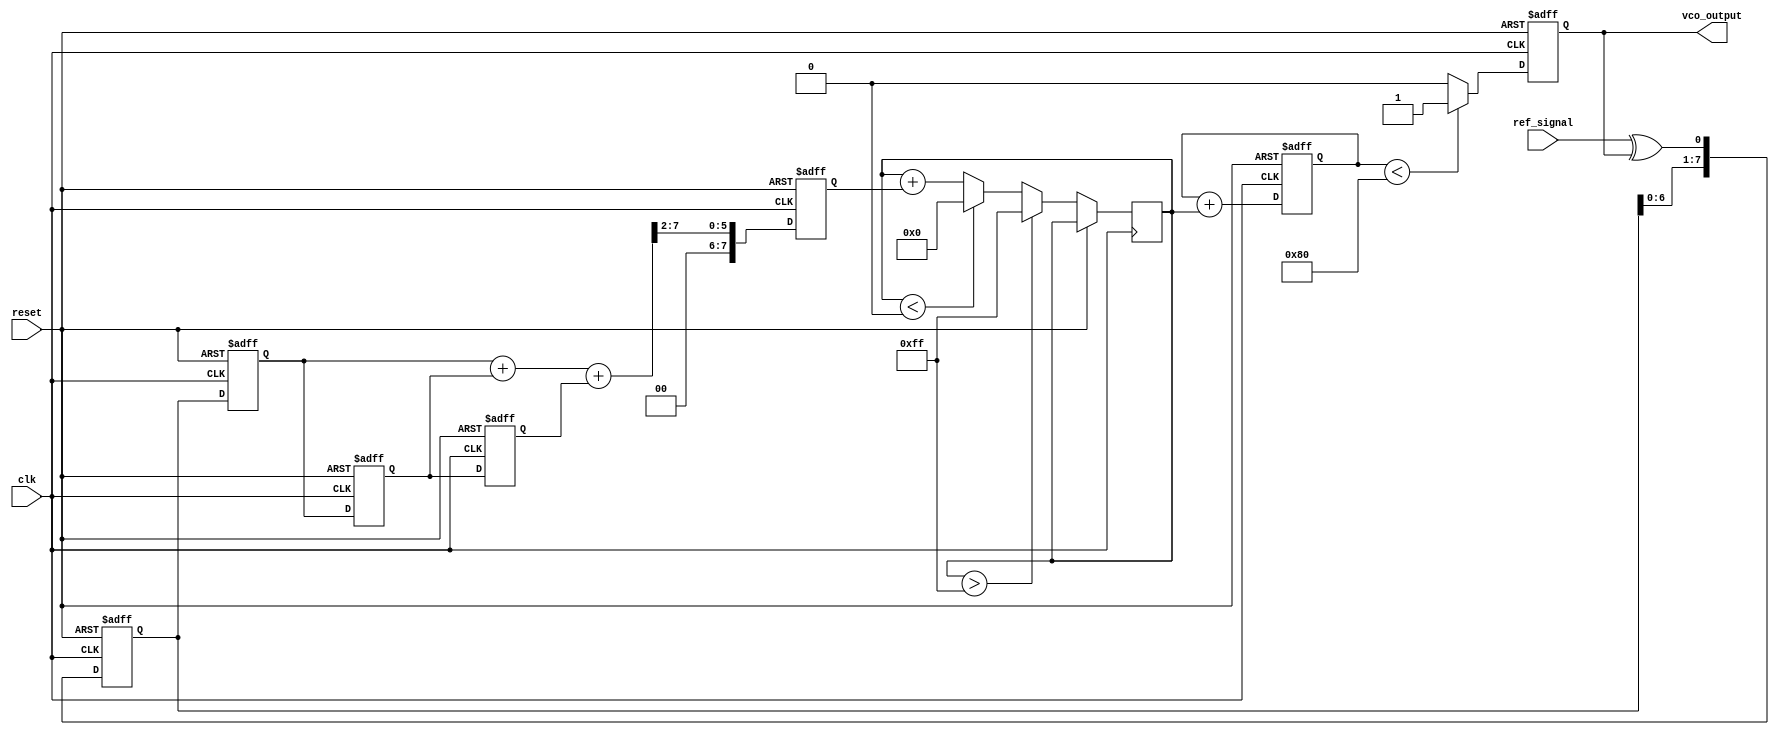
module MemoryBlocksPLL (
    input wire clk,               // System clock
    input wire reset,             // Asynchronous reset
    input wire ref_signal,        // Reference input signal
    output reg vco_output         // Output of the VCO
);

// Parameters
parameter N = 8;                // Number of taps for LPF
parameter VCO_MAX_FREQ = 255;   // Max frequency for VCO
parameter VCO_MIN_FREQ = 0;     // Min frequency for VCO

// Internal signals
reg [N-1:0] phase_error;        // Phase error signal
reg [N-1:0] lpf_output;         // Output of the Low Pass Filter
reg [7:0] vco_control;          // Control signal for VCO
reg [7:0] vco_counter;          // VCO counter for frequency generation

// Memory Block for LPF
reg [N-1:0] memory_block [0:N-1]; // Memory for LPF states

// Phase Detector (PD)
always @(posedge clk or posedge reset) begin
    if (reset) begin
        phase_error <= 0;
    end else begin
        // Simple XOR-based phase detector
        phase_error <= {phase_error[N-2:0], ref_signal ^ vco_output};
    end
end

// Low Pass Filter (LPF)
integer i;
always @(posedge clk or posedge reset) begin
    if (reset) begin
        lpf_output <= 0;
        for (i = 0; i < N; i = i + 1) begin
            memory_block[i] <= 0;
        end
    end else begin
        // Shift memory and update LPF output
        for (i = N-1; i > 0; i = i - 1) begin
            memory_block[i] <= memory_block[i-1];
        end
        memory_block[0] <= phase_error; // Store current phase error
        lpf_output <= (memory_block[0] + memory_block[1] + memory_block[2]) >> 2; // Simple averaging
    end
end

// Voltage-Controlled Oscillator (VCO)
always @(posedge clk or posedge reset) begin
    if (reset) begin
        vco_counter <= 0;
        vco_output <= 0;
    end else begin
        // Update VCO control based on LPF output
        vco_control <= vco_control + lpf_output[7:0]; // Control signal adjustment
        if (vco_control > VCO_MAX_FREQ) begin
            vco_control <= VCO_MAX_FREQ;
        end else if (vco_control < VCO_MIN_FREQ) begin
            vco_control <= VCO_MIN_FREQ;
        end
        
        // Generate VCO output based on control signal
        vco_counter <= vco_counter + vco_control;
        vco_output <= (vco_counter[7:0] < 128) ? 1'b1 : 1'b0; // Simple square wave generation
    end
end

endmodule